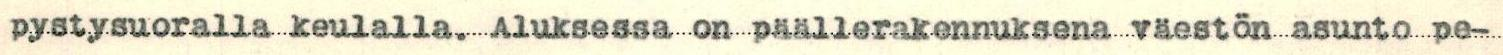
pystysuoralla keulalla. Aluksessa on päällerakennuksena väestön asunto pe-